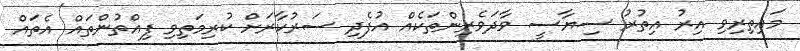
މައިތިރިވި އިރު އިތުރު ސިޔާސީ ވާދަވެރިންތަކެއް އުފެދި ސަރުކާރަށް ކުރިމަތިވި ފިއްތުންތައް އެތައް